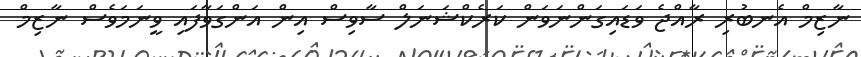
ނާޒިމް އެނބުރި ރާއްޖެ ވަޑައިގަންނަވަން ކަރެކްޝަނަލް ސާވިސް އިން އަންގަވާފައި ވީނަމަވެސް ނާޒިމް